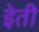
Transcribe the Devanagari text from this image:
इेती